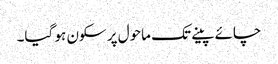
چائے پینے تک ماحول پر سکون ہو گیا۔